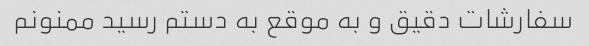
سفارشات دقیق و به موقع به دستم رسید ممنونم